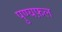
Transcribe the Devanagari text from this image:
पुण्यफ़ल